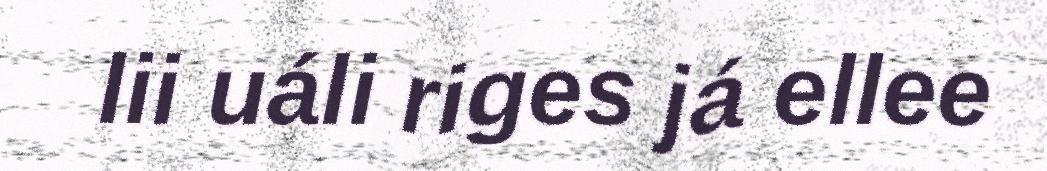
lii uáli riges já ellee